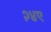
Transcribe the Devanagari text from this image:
२४ए